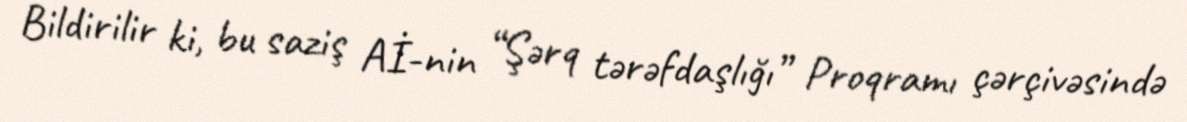
Bildirilir ki, bu saziş Aİ-nin “Şərq tərəfdaşlığı” Proqramı çərçivəsində